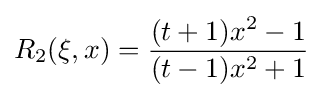
R_{2}(\xi ,x)={\frac {(t+1)x^{2}-1}{(t-1)x^{2}+1}}